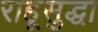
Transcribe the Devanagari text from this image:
राहूसुद्धा